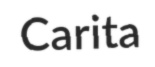
Carita